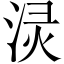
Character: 𰛻